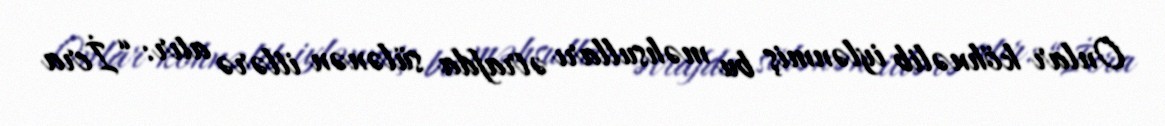
Onlar köhnəlib iylənmiş bu məhsulları ətrafda sülənən itlərə atır: “İcra